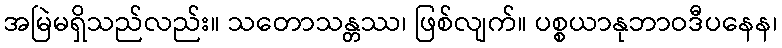
အမြဲမရှိသည်လည်း။ သတောသန္တဿ၊ ဖြစ်လျက်။ ပစ္စယာနုဘာဝဒီပနေန၊